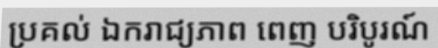
ប្រគល់ ឯករាជ្យភាព ពេញ បរិបូរណ៍